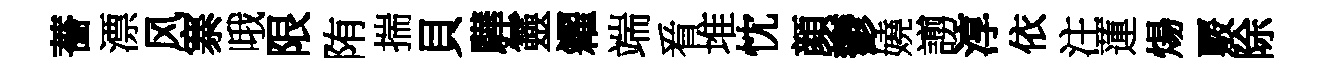
薔漂风寨哦限陏揣貝驊靈糴端㸔堆忱顔鬱嬈謭淳依注蓮煬覈除